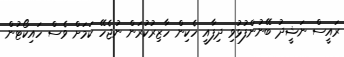
ރައީސް ނަޝީދު ބޭނުންފުޅުވި ދިފާއީ ހެކިން ހާޒިރުކުރަން ނުޖެހޭ ކަމަށް ވެސް ހައިކޯޓުން